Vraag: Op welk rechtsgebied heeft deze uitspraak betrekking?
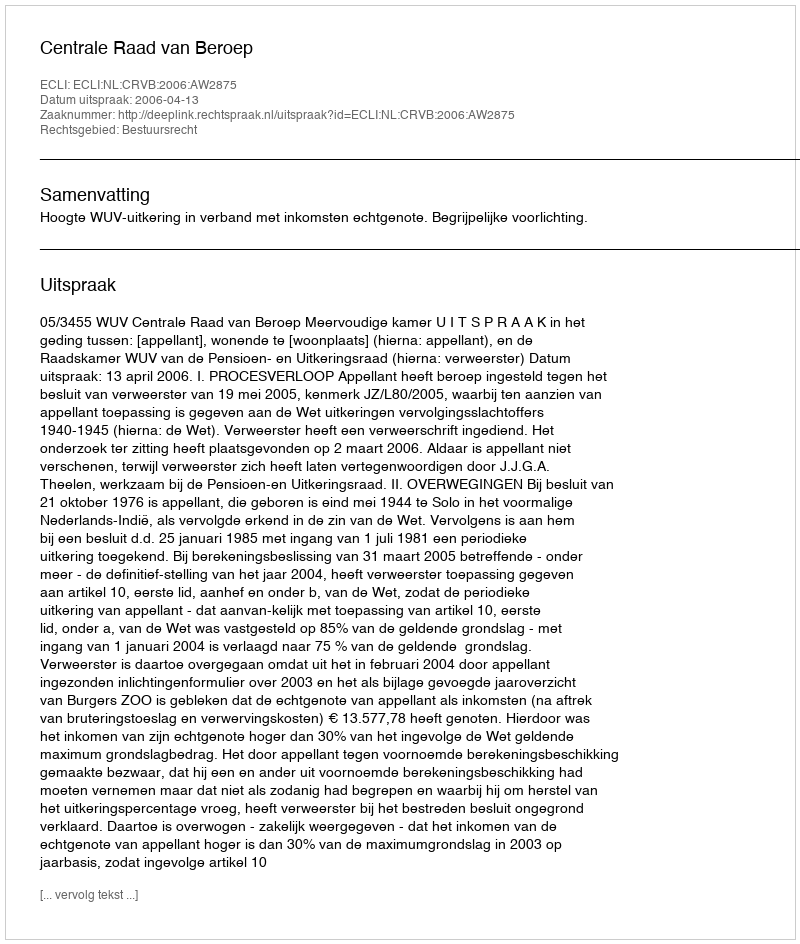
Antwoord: Bestuursrecht